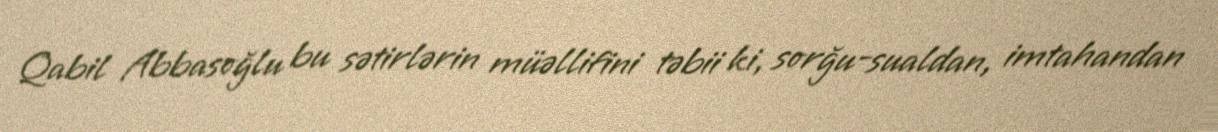
Qabil Abbasoğlu bu sətirlərin müəllifini təbii ki, sorğu-sualdan, imtahandan